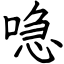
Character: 喼